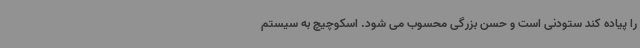
را پیاده کند ستودنی است و حسن بزرگی محسوب می شود. اسکوچیچ به سیستم